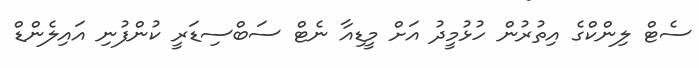
ސެޓް ލިންކްގެ އިތުރުން ހުޅުމީދު އަށް މީޑިއާ ނެޓް ސަބްސިޑަރީ ކުންފުނި އައިލެންޑް